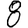
Digit: 8